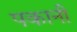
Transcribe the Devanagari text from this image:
पकानी